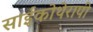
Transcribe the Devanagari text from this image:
साईकोथेरापी